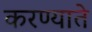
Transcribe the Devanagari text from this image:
करण्याते